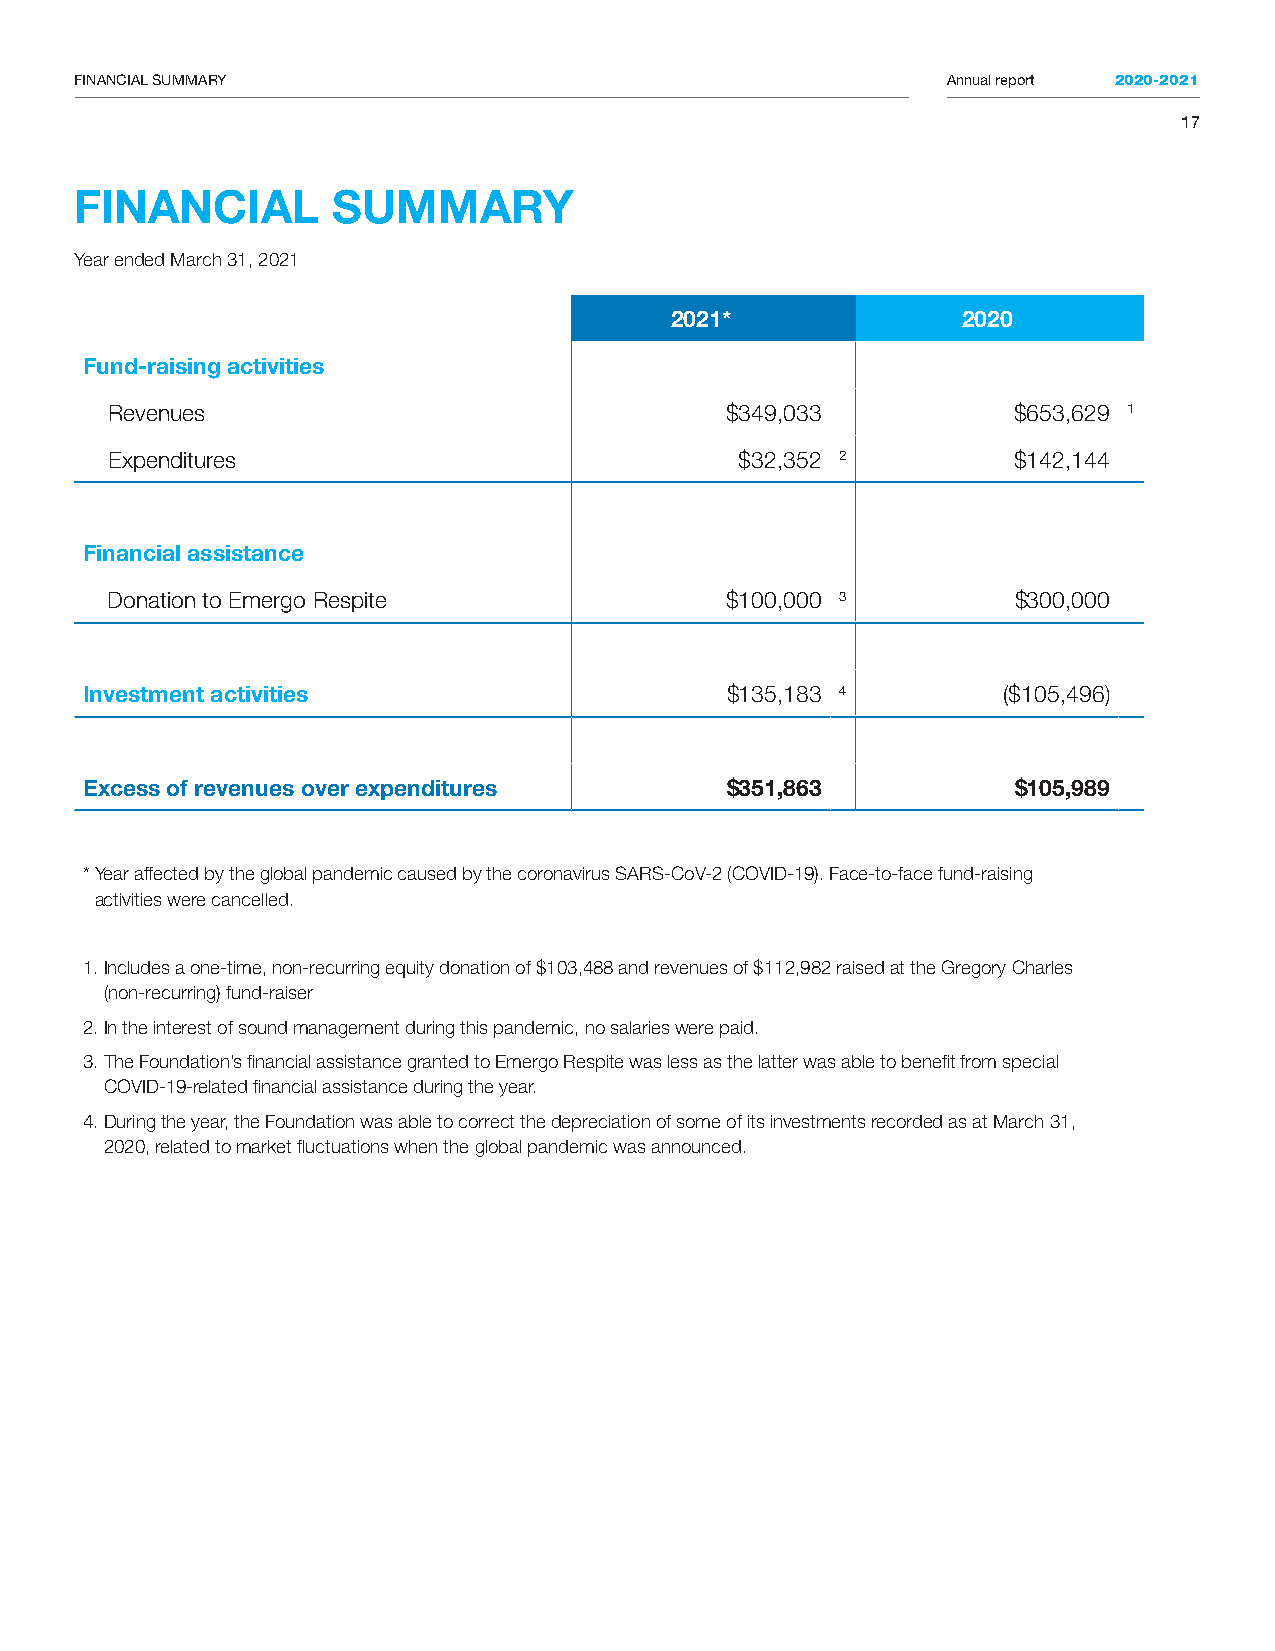
FINANCIAL SUMMARY                                         Annual report 2020-2021
 17
 FINANCIAL        SUMMARY
 Year ended March 31, 2021
 2021*               2020
 Fund-raising activities
 Revenues                                 $349,033           $653,629 1
 Expenditures                              $32,352 2         $142,144
 Financial assistance
 Donation to Emergo Respite               $100,000 3         $300,000
 Investment activities                      $135,183 4        ($105,496)
 Excess of revenues over expenditures       $351,863           $105,989
 * Year affected by the global pandemic caused by the coronavirus SARS-CoV-2 (COVID-19). Face-to-face fund-raising
 activities were cancelled.
 1. Includes a one-time, non-recurring equity donation of $103,488 and revenues of $112,982 raised at the Gregory Charles
 (non-recurring) fund-raiser
 2. In the interest of sound management during this pandemic, no salaries were paid.
 3. The Foundation’s financial assistance granted to Emergo Respite was less as the latter was able to benefit from special
 COVID-19-related financial assistance during the year.
 4. During the year, the Foundation was able to correct the depreciation of some of its investments recorded as at March 31,
 2020, related to market fluctuations when the global pandemic was announced.